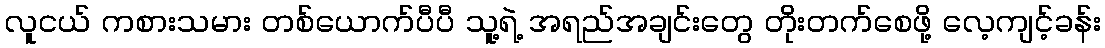
လူငယ် ကစားသမား တစ်ယောက်ပီပီ သူ့ရဲ့ အရည်အချင်းတွေ တိုးတက်စေဖို့ လေ့ကျင့်ခန်း